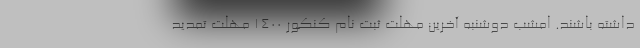
داشته باشند. امشب دوشنبه آخرین مهلت ثبت نام کنکور ۱۴۰۰ مهلت تمدید